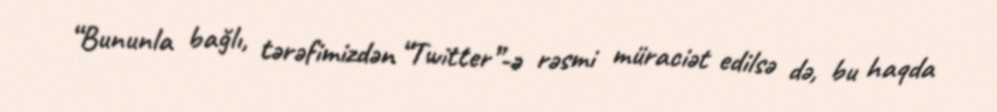
“Bununla bağlı, tərəfimizdən “Twitter”-ə rəsmi müraciət edilsə də, bu haqda